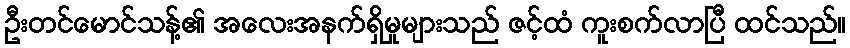
ဦးတင်မောင်သန့်၏ အလေးအနက်ရှိမှုများသည် ဇင့်ထံ ကူးစက်လာပြီ ထင်သည်။